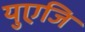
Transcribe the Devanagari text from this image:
युएजि